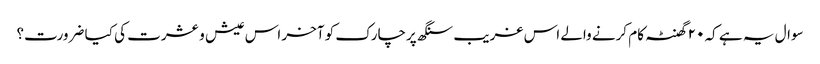
سوال یہ ہے کہ ۲۰ گھنٹہ کام کرنے والے اس غریب سنگھ پرچارک کو آخر اس عیش و عشرت کی کیا ضرورت؟